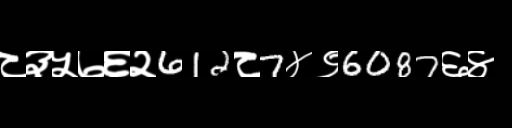
Text: ८३५७६२612८7४९6087६४